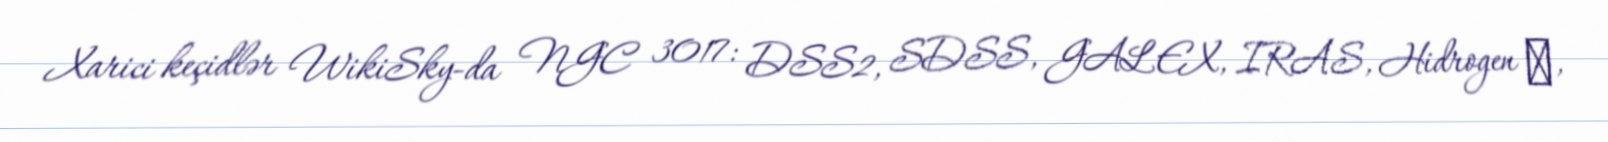
Xarici keçidlər WikiSky-da NGC 3017: DSS2, SDSS, GALEX, IRAS, Hidrogen α,